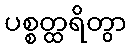
ပစ္စတ္ထရိတွာ